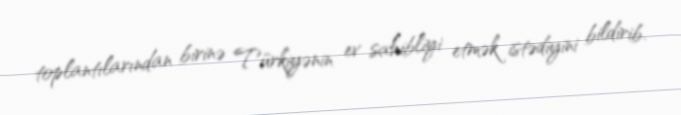
toplantılarından birinə Türkiyənin ev sahibliyi etmək istədiyini bildirib.